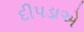
દીપડાએ